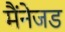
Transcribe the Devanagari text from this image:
मैंनेजड